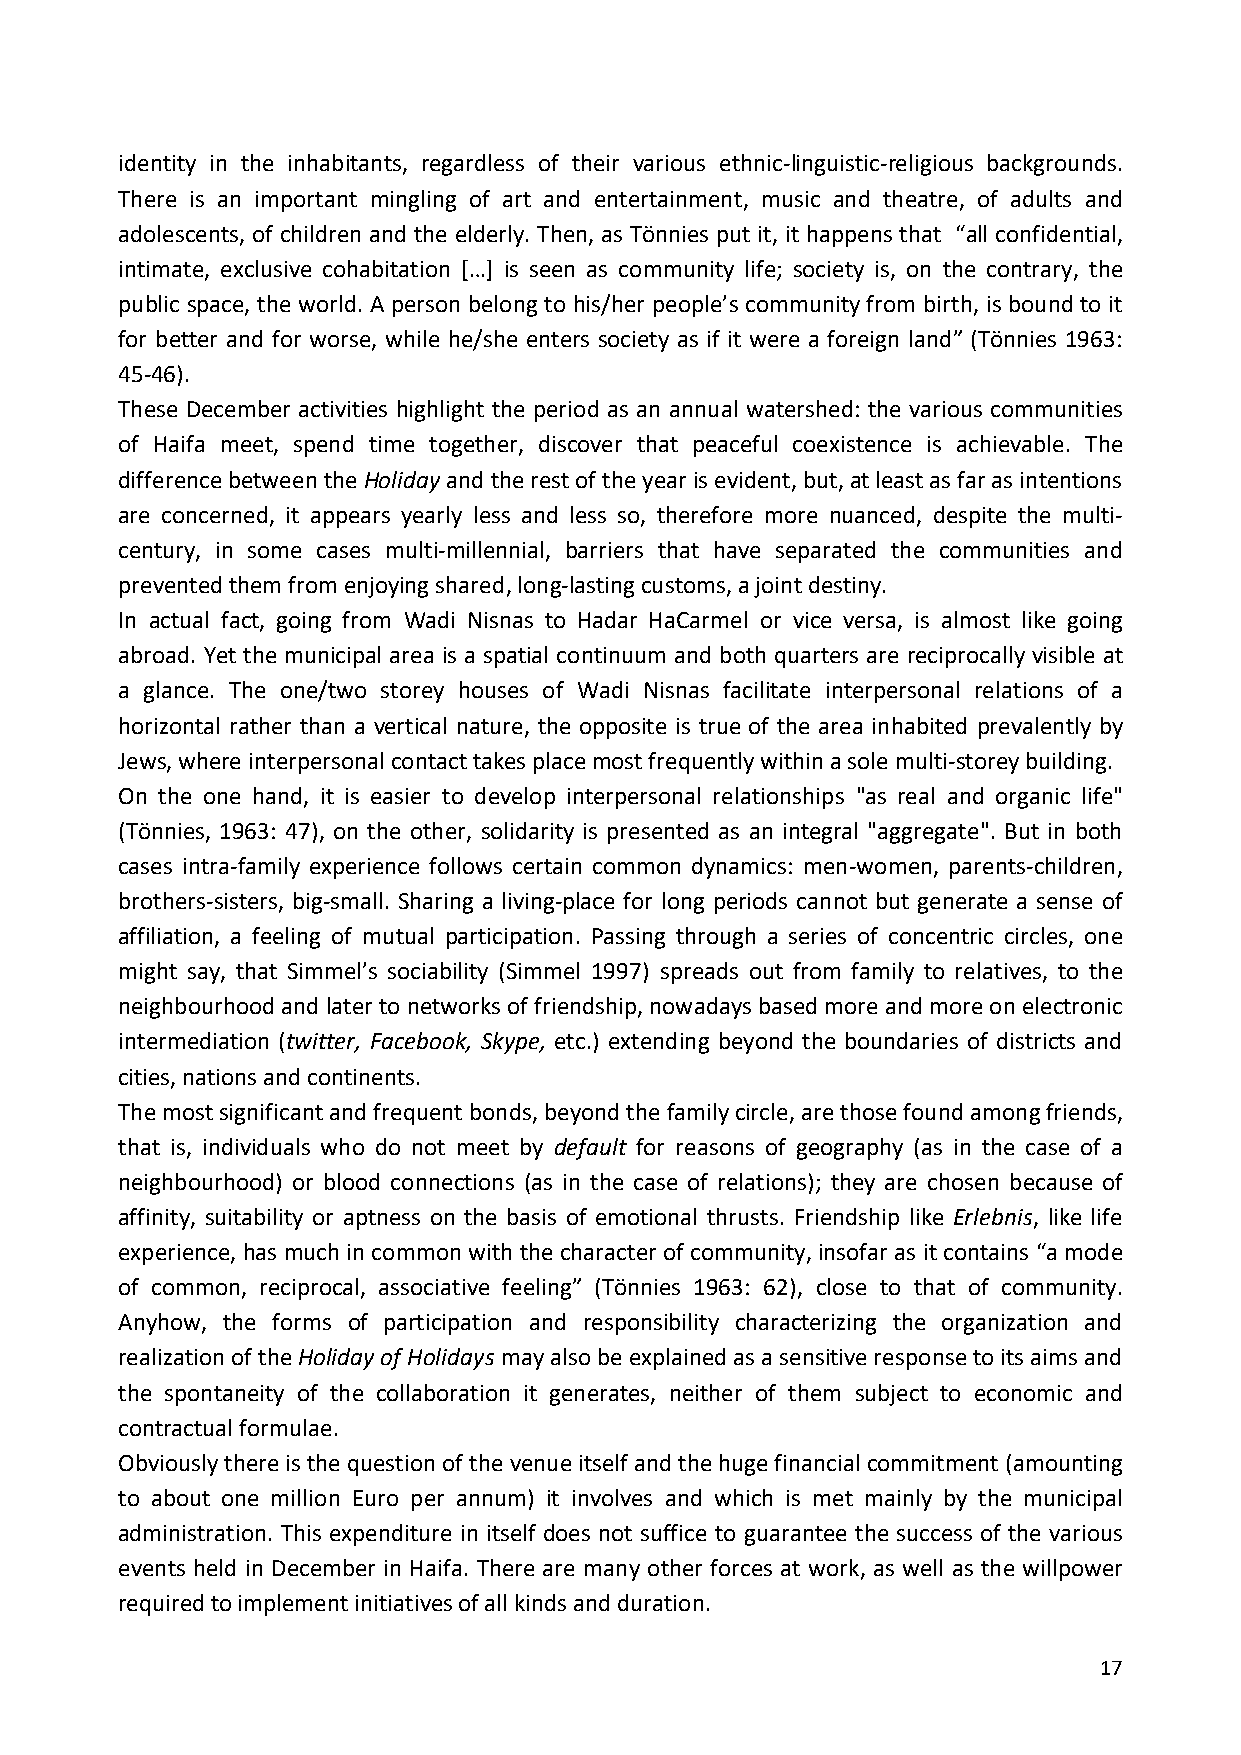
identity in the inhabitants, regardless of their various ethnic-linguistic-religious backgrounds.
 There is an important mingling of art and entertainment, music and theatre, of adults and
 adolescents, of children and the elderly. Then, as Tönnies put it, it happens that “all confidential,
 intimate, exclusive cohabitation […] is seen as community life; society is, on the contrary, the
 public space, the world. A person belong to his/her people’s community from birth, is bound to it
 for better and for worse, while he/she enters society as if it were a foreign land” (Tönnies 1963:
 45-46).
 These December activities highlight the period as an annual watershed: the various communities
 of Haifa meet, spend time together, discover that peaceful coexistence is achievable. The
 difference between the Holiday and the rest of the year is evident, but, at least as far as intentions
 are concerned, it appears yearly less and less so, therefore more nuanced, despite the multi-
 century, in some cases multi-millennial, barriers that have separated the communities and
 prevented them from enjoying shared, long-lasting customs, a joint destiny.
 In actual fact, going from Wadi Nisnas to Hadar HaCarmel or vice versa, is almost like going
 abroad. Yet the municipal area is a spatial continuum and both quarters are reciprocally visible at
 a glance. The one/two storey houses of Wadi Nisnas facilitate interpersonal relations of a
 horizontal rather than a vertical nature, the opposite is true of the area inhabited prevalently by
 Jews, where interpersonal contact takes place most frequently within a sole multi-storey building.
 On the one hand, it is easier to develop interpersonal relationships "as real and organic life"
 (Tönnies, 1963: 47), on the other, solidarity is presented as an integral "aggregate". But in both
 cases intra-family experience follows certain common dynamics: men-women, parents-children,
 brothers-sisters, big-small. Sharing a living-place for long periods cannot but generate a sense of
 affiliation, a feeling of mutual participation. Passing through a series of concentric circles, one
 might say, that Simmel’s sociability (Simmel 1997) spreads out from family to relatives, to the
 neighbourhood and later to networks of friendship, nowadays based more and more on electronic
 intermediation (twitter, Facebook, Skype, etc.) extending beyond the boundaries of districts and
 cities, nations and continents.
 The most significant and frequent bonds, beyond the family circle, are those found among friends,
 that is, individuals who do not meet by default for reasons of geography (as in the case of a
 neighbourhood) or blood connections (as in the case of relations); they are chosen because of
 affinity, suitability or aptness on the basis of emotional thrusts. Friendship like Erlebnis, like life
 experience, has much in common with the character of community, insofar as it contains “a mode
 of common, reciprocal, associative feeling” (Tönnies 1963: 62), close to that of community.
 Anyhow, the forms of participation and responsibility characterizing the organization and
 realization of the Holiday of Holidays may also be explained as a sensitive response to its aims and
 the spontaneity of the collaboration it generates, neither of them subject to economic and
 contractual formulae.
 Obviously there is the question of the venue itself and the huge financial commitment (amounting
 to about one million Euro per annum) it involves and which is met mainly by the municipal
 administration. This expenditure in itself does not suffice to guarantee the success of the various
 events held in December in Haifa. There are many other forces at work, as well as the willpower
 required to implement initiatives of all kinds and duration.
 17